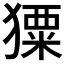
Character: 𤢂